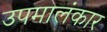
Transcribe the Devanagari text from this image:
उपमालंकार